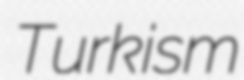
Turkism